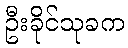
ဦးခိုင်သုခက